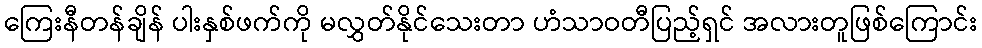
ကြေးနီတန်ချိန် ပါးနှစ်ဖက်ကို မလွှတ်နိုင်သေးတာ ဟံသာဝတီပြည့်ရှင် အလားတူဖြစ်ကြောင်း